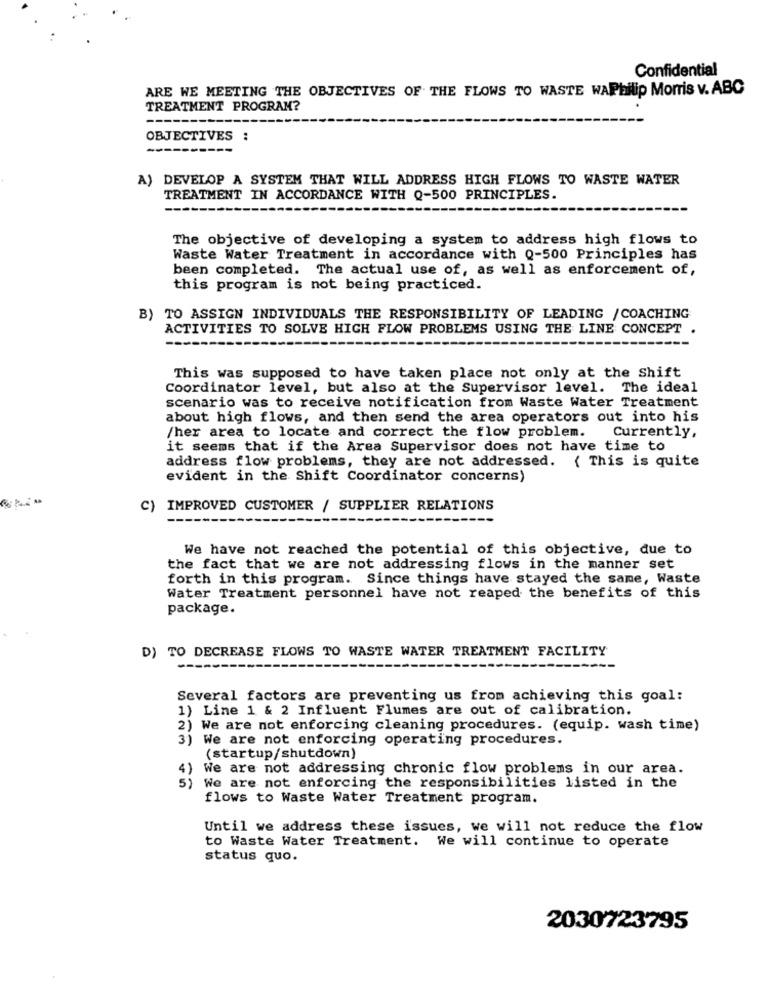
Confidential
ARE WE MEETING THE OBJECTIVES OF THE FLOWS TO WASTE WAPhilip Morris v. ABC
TREATMENT PROGRAM?
OBJECTIVES :
--
A) DEVELOP A SYSTEM THAT WILL ADDRESS HIGH FLOWS TO WASTE WATER
TREATMENT IN ACCORDANCE WITH Q-500 PRINCIPLES.
The objective of developing a system to address high flows to
Waste Water Treatment in accordance with Q-500 Principles has
been completed. The actual use of, as well as enforcement of,
this program is not being practiced.
B) TO ASSIGN INDIVIDUALS THE RESPONSIBILITY OF LEADING / COACHING
ACTIVITIES TO SOLVE HIGH FLOW PROBLEMS USING THE LINE CONCEPT .
This was supposed to have taken place not only at the Shift
Coordinator level, but also at the Supervisor level. The ideal
scenario was to receive notification from Waste Water Treatment
about high flows, and then send the area operators out into his
/her area to locate and correct the flow problem.
Currently,
it seems that if the Area Supervisor does not have time to
address flow problems, they are not addressed. { This is quite
evident in the Shift Coordinator concerns)
C) IMPROVED CUSTOMER / SUPPLIER RELATIONS
We have not reached the potential of this objective, due to
the fact that we are not addressing flows in the manner set
forth in this program. Since things have stayed the same, Waste
Water Treatment personnel have not reaped the benefits of this
package.
D) TO DECREASE FLOWS TO WASTE WATER TREATMENT FACILITY
Several factors are preventing us from achieving this goal:
1) Line 1 & 2 Influent Flumes are out of calibration.
2) We are not enforcing cleaning procedures. (equip. wash time)
3) We are not enforcing operating procedures.
(startup/shutdown)
4)
We are not addressing chronic flow problems in our area.
5) We are not enforcing the responsibilities listed in the
flows to Waste Water Treatment program.
Until we address these issues, we will not reduce the flow
to Waste Water Treatment. We will continue to operate
status quo.
2030723795